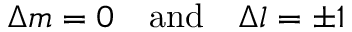
\Delta m = 0 \quad { \mathrm { a n d } } \quad \Delta l = \pm 1